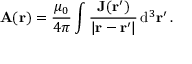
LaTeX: \mathbf { A } ( \mathbf { r } ) = { \frac { \mu _ { 0 } } { 4 \pi } } \int { \frac { \mathbf { J } ( \mathbf { r } ^ { \prime } ) } { | \mathbf { r } - \mathbf { r } ^ { \prime } | } } \, \mathrm { d } ^ { 3 } \mathbf { r } ^ { \prime } \, .